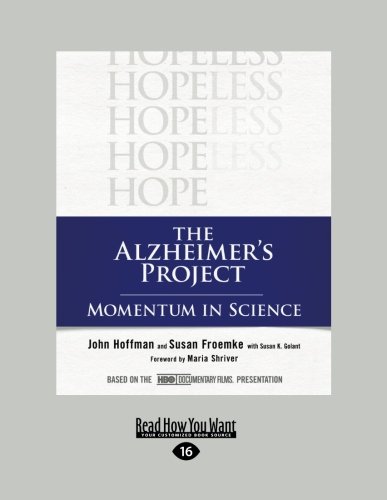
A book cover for The Alzheimer's Project; John Hoffman and Susan Froemke; Health, Fitness & Dieting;